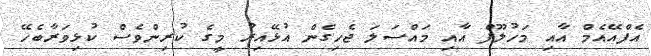
އެފްއޭއެމް އާއި މަހުލޫފް އާއި މައްސަލަ ޖެހިގެން އުޅޭއިރު މީގެ ކުރިންވެސް ކުޅިވަރާބެހޭ